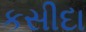
કસીદા